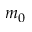
m _ { 0 }